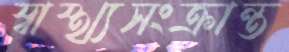
স্বাস্থ্যসংক্রান্ত